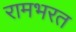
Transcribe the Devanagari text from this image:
रामभरत